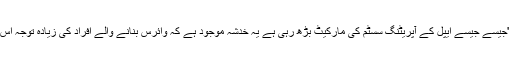
ان کا کہنا ہے کہ 'جیسے جیسے ایپل کے آپریٹنگ سسٹم کی مارکیٹ بڑھ رہی ہے یہ خدشہ موجود ہے کہ وائرس بنانے والے افراد کی زیادہ توجہ اس پر مرکوز ہوگی۔